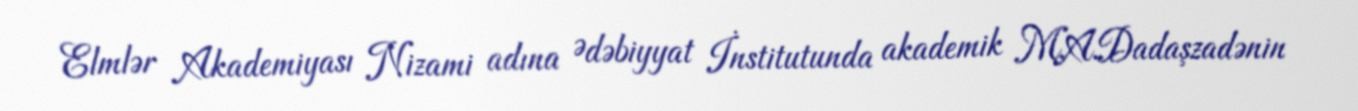
Elmlər Akademiyası Nizami adına Ədəbiyyat İnstitutunda akademik M.A.Dadaşzadənin